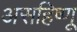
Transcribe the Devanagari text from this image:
असहिष्णू